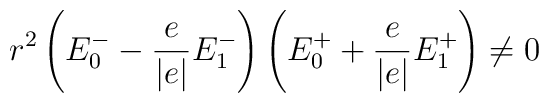
r^{2}\left( E^{-}_{0}-\frac{e}{\left| e\right| }E^{-}_{1}\right) \left( E^{+}_{0}+\frac{e}{\left| e\right| }E^{+}_{1}\right) \neq 0